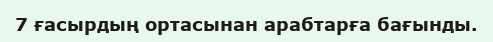
7 ғасырдың ортасынан арабтарға бағынды.